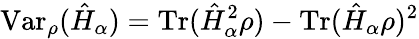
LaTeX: \mathrm{Var}_{\rho}(\hat{H}_{\alpha})=\mathrm{Tr}(\hat{H}_{\alpha}^{2}\rho)-\mathrm{Tr}(\hat{H}_{\alpha}\rho)^{2}